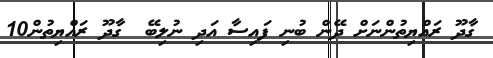
ގާދޫ ރައްޔިތުންނަށް ދޭން ބުނި ފައިސާ އަދި ނުލިބޭ  ގާދޫ ރައްޔިތުން10